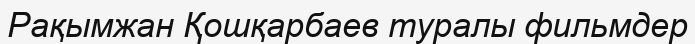
Рақымжан Қошқарбаев туралы фильмдер